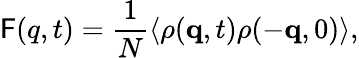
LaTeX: \mathsf{F}(q,t)=\frac{{1}}{{N}}\langle\rho(\mathbf{{q}},t)\rho(-\mathbf{{q}},0)\rangle,